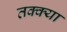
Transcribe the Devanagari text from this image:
तक्क्या